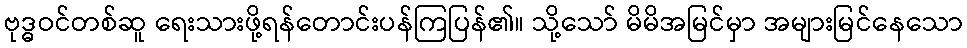
ဗုဒ္ဓဝင်တစ်ဆူ ရေးသားဖို့ရန်တောင်းပန်ကြပြန်၏။ သို့သော် မိမိအမြင်မှာ အများမြင်နေသော